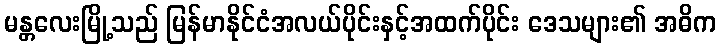
မန္တလေးမြို့သည် မြန်မာနိုင်ငံအလယ်ပိုင်းနှင့်အထက်ပိုင်း ဒေသများ၏ အဓိက